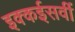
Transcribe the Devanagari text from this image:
इक्कईसवीं